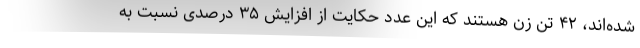
شده‌اند، ۴۲ تن زن هستند که این عدد حکایت از افزایش ۳۵ درصدی نسبت به